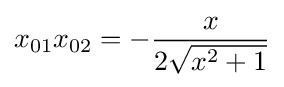
x_{01}x_{02}=-{\frac {x}{2{\sqrt {x^{2}+1}}}}